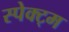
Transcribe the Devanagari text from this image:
स्पेक्ट्म